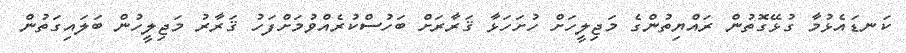
ކަނޑައެޅުމާ ގުޅޭގޮތުން ރައްޔިތުންގެ މަޖިލީހަށް ހުށަހަޅާ ޤަރާރަށް ބަހުސްކުރެއްވުމަށްފަހު ޤަރާރު މަޖިލީހުން ބަލައިގަތުން